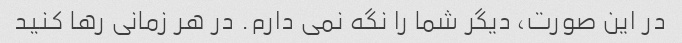
در این صورت، دیگر شما را نگه نمی دارم. در هر زمانی رها کنید